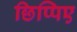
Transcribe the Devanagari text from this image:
छिप्पिए